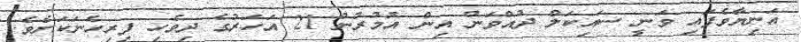
އަނިޔާވެފައި ވަނީ ސައިކަލް ދުއްވަން އިން އުމުރުން 21 އަހަރުގެ ދިވެހި ފިރިހެނަކަށެވެ.